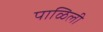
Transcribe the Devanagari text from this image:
पाळिली